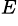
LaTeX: ^{E}